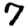
Digit: 7